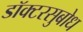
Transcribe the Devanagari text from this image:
डॉक्टरसुबोध